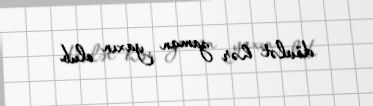
dövlət hər zaman yaxın olub.